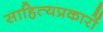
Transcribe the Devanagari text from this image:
साहित्यप्रकारों